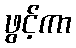
ဖွင့်ကာ